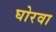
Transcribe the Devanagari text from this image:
घोरवा